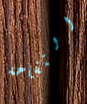
التفاحة